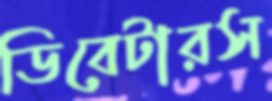
ডিবেটারস